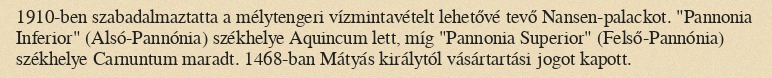
1910-ben szabadalmaztatta a mélytengeri vízmintavételt lehetővé tevő Nansen-palackot. "Pannonia Inferior" (Alsó-Pannónia) székhelye Aquincum lett, míg "Pannonia Superior" (Felső-Pannónia) székhelye Carnuntum maradt. 1468-ban Mátyás királytól vásártartási jogot kapott.